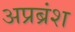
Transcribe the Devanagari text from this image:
अप्रब्रंश